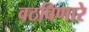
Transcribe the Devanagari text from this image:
वठविणारे